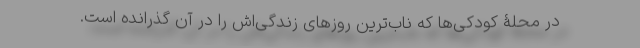
در محلۀ کودکی‌ها که ناب‌ترین روزهای زندگی‌اش را در آن گذرانده است.